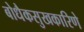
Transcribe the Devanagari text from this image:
बोधैकसुखकारिणे